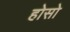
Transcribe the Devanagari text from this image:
होसो